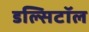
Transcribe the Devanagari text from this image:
डल्सिटॉल